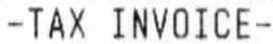
-TAX INVOICE-